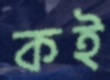
কই